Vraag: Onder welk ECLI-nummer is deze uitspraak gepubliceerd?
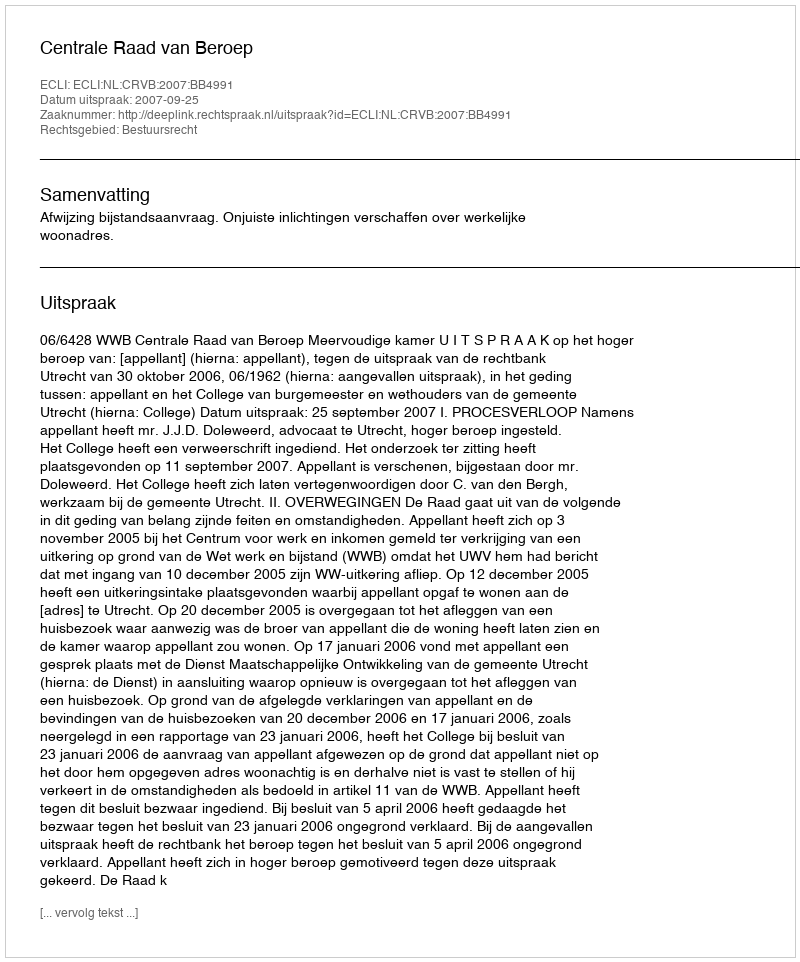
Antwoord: ECLI:NL:CRVB:2007:BB4991